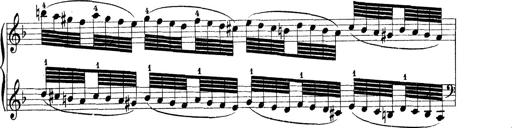
Title: Rapsodie: 19 ungheresi, 1 spagnuola
Composer: Franz Liszt